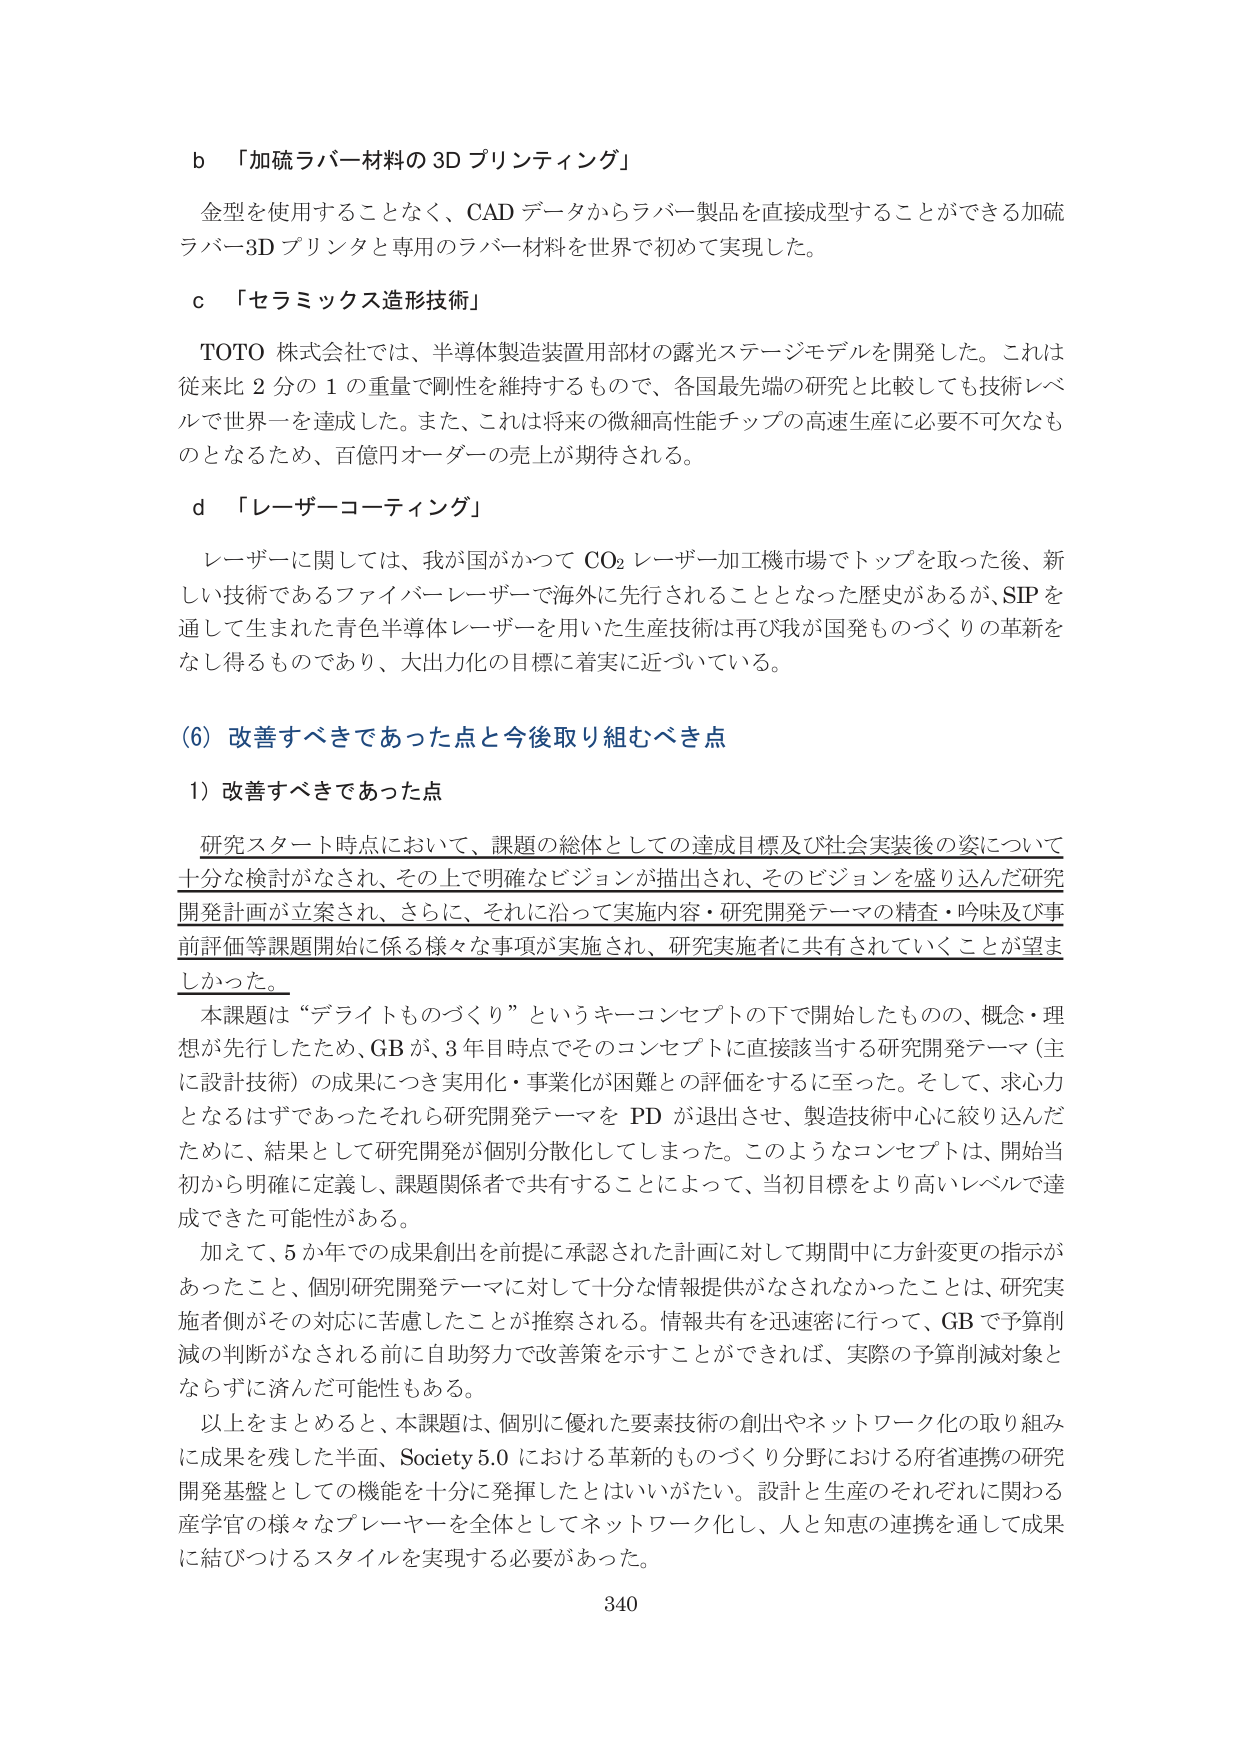
b 「加硫ラバー材料の3Dプリンティング」

金型を使用することなく、CADデータからラバー製品を直接成型することができる加硫ラバー3Dプリンタと専用のラバー材料を世界で初めて実現した。

c 「セラミックス造形技術」

TOTO株式会社では、半導体製造装置用部材の露光ステージモデルを開発した。これは従来比2分の1の重量で剛性を維持するもので、各国最先端の研究と比較しても技術レベルで世界一を達成した。また、これは将来の微細高性能チップの高速生産に必要不可欠なものとなるため、百億円オーダーの売上が期待される。

d 「レーザーコーティング」

レーザーに関しては、我が国がかつてCO₂レーザー加工機市場でトップを取った後、新しい技術であるファイバーレーザーで海外に先行されることとなった歴史があるが、SIPを通して生まれた青色半導体レーザーを用いた生産技術は再び我が国発ものづくりの革新をなしうるものであり、大出力化の目標に着実に近づいている。

(6) 改善すべきであった点と今後取り組むべき点

1) 改善すべきであった点

研究スタート時点において、課題の総体としての達成目標及び社会実装後の姿について十分な検討がなされ、その上で明確なビジョンが描出され、そのビジョンを盛り込んだ研究開発計画が立案され、さらに、それに沿って実施内容・研究開発テーマの精査・吟味及び事前評価等課題開始に係る様々な事項が実施され、研究実施者に共有されていくことが望ましかった。

本課題は“デライトものづくり”というキーコンセプトの下で開始したものの、概念・理想が先行したため、GBが、3年目時点でそのコンセプトに直接該当する研究開発テーマ（主に設計技術）の成果につき実用化・事業化が困難との評価をするに至った。そして、求心力となるはずであったそれら研究開発テーマをPDが退出させ、製造技術中心に絞り込んだために、結果として研究開発が個別分散化してしまった。このようなコンセプトは、開始当初から明確に定義し、課題関係者で共有することによって、当初目標をより高いレベルで達成できた可能性がある。

加えて、5か年での成果創出を前提に承認された計画に対して期間中に方針変更の指示があったこと、個別研究開発テーマに対して十分な情報提供がなされなかったことは、研究実施者側がその対応に苦慮したことが推察される。情報共有を迅速に行って、GBで予算削減の判断がなされる前に自助努力で改善策を示すことができれば、実際の予算削減対象とならずに済んだ可能性もある。

以上をまとめると、本課題は、個別に優れた要素技術の創出やネットワーク化の取り組みに成果を残した半面、Society 5.0における革新的ものづくり分野における府省連携の研究開発基盤としての機能を十分に発揮したとはいいがたい。設計と生産のそれぞれに関わる産学官の様々なプレイヤーを全体としてネットワーク化し、人と知恵の連携を通して成果に結びつけるスタイルを実現する必要があった。

340